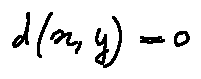
d ( x , y ) = 0